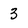
Character: 3